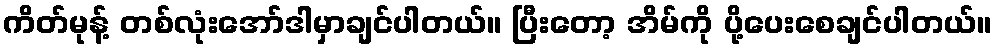
ကိတ်မုန့် တစ်လုံးအော်ဒါမှာချင်ပါတယ်။ ပြီးတော့ အိမ်ကို ပို့ပေးစေချင်ပါတယ်။